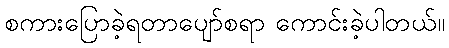
စကားပြောခဲ့ရတာပျော်စရာ ကောင်းခဲ့ပါတယ်။